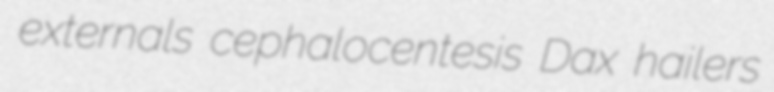
externals cephalocentesis Dax hailers